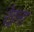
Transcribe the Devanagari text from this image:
रेइना